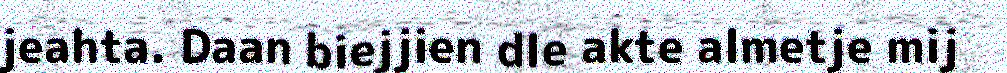
jeahta. Daan biejjien dle akte almetje mij